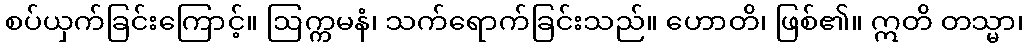
စပ်ယှက်ခြင်းကြောင့်။ ဩက္ကမနံ၊ သက်ရောက်ခြင်းသည်။ ဟောတိ၊ ဖြစ်၏။ ဣတိ တသ္မာ၊